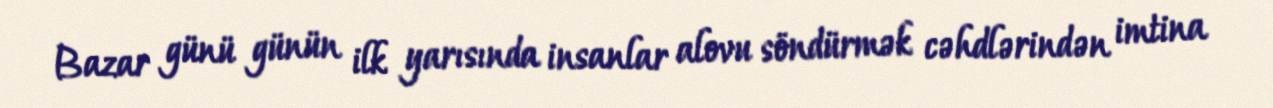
Bazar günü günün ilk yarısında insanlar alovu söndürmək cəhdlərindən imtina